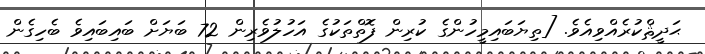
ޙަދީޘްކުރެއްވިއެވެ. [ތިޔަބައިމީހުންގެ ކުރިން ފޮތްތަކުގެ އަހުލުވެރިން 72 ބަޔަށް ބައިބައިވެ ބެހިގެން